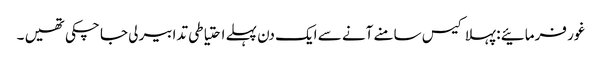
غور فرمائیے : پہلا کیس سامنے آنے سے ایک دن پہلے احتیاطی تدابیر لی جا چکی تھیں ۔